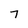
Character: 7